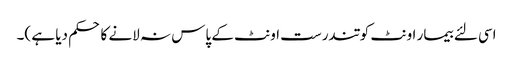
اسی لئے بیمار اونٹ کو تندرست اونٹ کے پاس نہ لانے کا حکم دیا ہے )۔